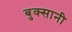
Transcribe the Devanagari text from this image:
बुक्सानी